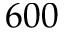
6 0 0